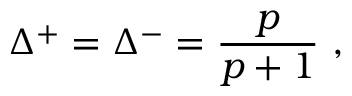
\Delta ^ { + } = \Delta ^ { - } = \frac { p } { p + 1 } \, \, ,